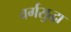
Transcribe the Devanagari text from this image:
वर्गसुद्धा